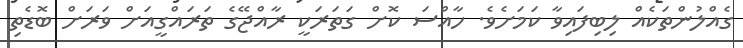
ގެއްލުންތަކެއް ލިބިފައިވާ ކަމަށެވެ. ހާއްސަ ކޮށް ގަތަރަކީ ރާއްޖޭގެ ތަރައްގީއަށް ވަރަށް ބޮޑެތި